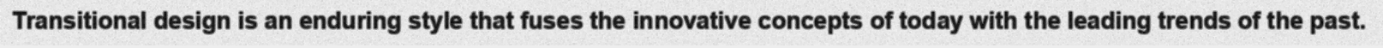
Transitional design is an enduring style that fuses the innovative concepts of today with the leading trends of the past.